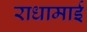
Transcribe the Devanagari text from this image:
राधामाई